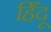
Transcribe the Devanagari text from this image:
हिँदू